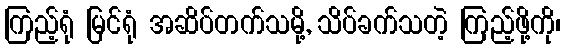
ကြည့်ရုံ မြင်ရုံ အဆိပ်တက်သမို့, သိပ်ခက်သတဲ့ ကြည့်ဖို့ကို၊